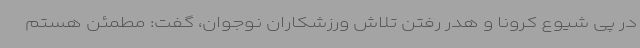
در پی شیوع کرونا و هدر رفتن تلاش ورزشکاران نوجوان، گفت: مطمئن هستم